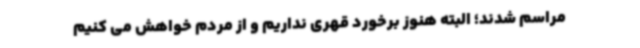
مراسم شدند؛ البته هنوز برخورد قهری نداریم و از مردم خواهش می کنیم